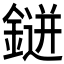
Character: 𮢭